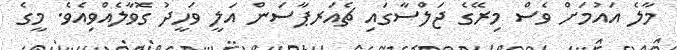
މާލެ އައުމަށް ވެސް މިރޭގެ ޖަލްސާގައި ޗެއަރޕާސަން އަލީ ވަހީދު ގޮވާލެއްވިއެވެ. މީގެ